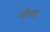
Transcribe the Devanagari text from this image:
सौदाह